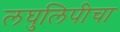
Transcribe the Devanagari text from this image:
लघुलिपीचा